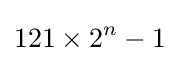
121\times 2^{n}-1